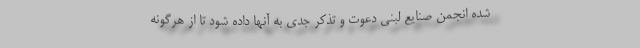
شده انجمن صنایع لبنی دعوت و تذکر جدی به آنها داده شود تا از هرگونه